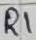
Text: R1